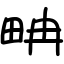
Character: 畘